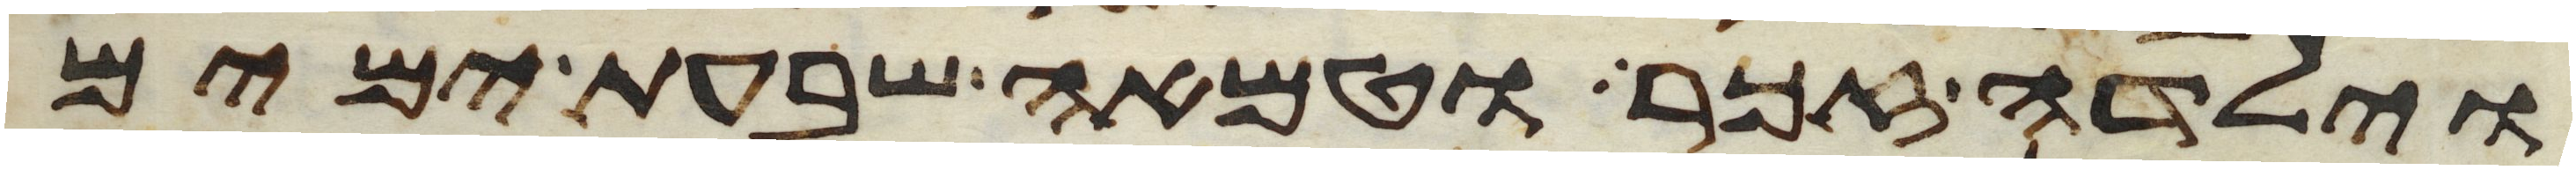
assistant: וילדה זכר וטמאה שבעת ימים